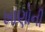
ખાણોની